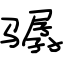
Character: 骣